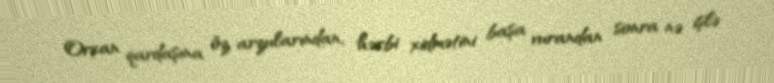
Orxan qardaşına öz arzularından, hərbi xidmətini başa vurandan sonra nə işlə